Report of the King Institute of Preventive Medicine, Guindy
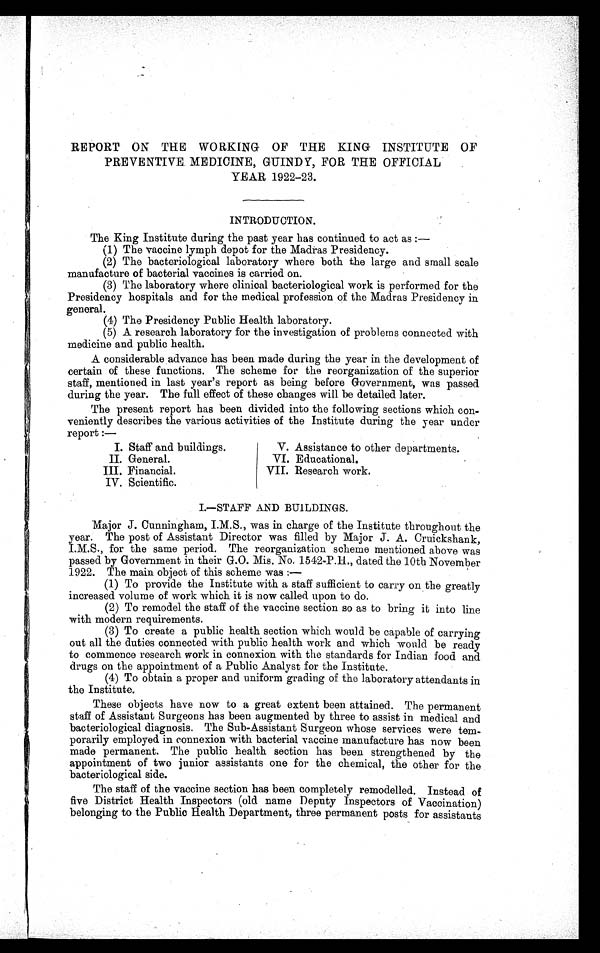
REPORT ON THE WORKING OF THE KING INSTITUTE OF
PREVENTIVE MEDICINE, GUINDY, FOR THE OFFICIAL
YEAR 1922—23.
INTRODUCTION.
The King Institute during the past year has continued to act as :
—
(1) The vaccine lymph depot for the Madras Presidency.
(2) The bacteriological laboratory where both the large and small scale
manufacture of bacterial vaccines is carried on.
(3) The laboratory where clinical bacteriological work is performed for the
Presidency hospitals and for the medical profession of the Madras Presidency in
general.
(4) The Presidency Public Health laboratory.
(5) A research laboratory for the investigation of problems connected with
medicine and public health.
A considerable advance has been made during the year in the development of
certain of these functions. The scheme for the reorganization of the superior
staff, mentioned in last year's report as being before Government, was passed
during the year. The full effect of these changes will be detailed later.
The present report has been divided into the following sections which con-
veniently describes the various activities of the Institute during the year under
report :—
I. Staff and buildings.
V. Assistance to other departments.
II. General.
VI. Educational.
III. Financial.
VII. Research work.
IV. Scientific.
I.—STAFF AND BUILDINGS.
Major J. Cunningham, I.M.S., was in charge of the Institute throughout the
year. The post of Assistant Director was filled by Major J. A. Cruickshank,
I.M.S., for the same period. The reorganization scheme mentioned above was
passed by Government in their G.O. Mis. No. 1542-P.H., dated the 10th November
1922. The main object of this scheme was :
—
(1) To provide the Institute with a staff sufficient to carry on the greatly
increased volume of work which it is now called upon to do.
(2) To remodel the staff of the vaccine section so as to bring it into line
with modern requirements.
(3) To create a public health section which would be capable of carrying
out all the duties connected with public health work and which would be ready
to commence research work in connexion with the standards for Indian food and
drugs on the appointment of a Public Analyst for the Institute.
(4) To obtain a proper and uniform grading of the laboratory attendants in
the Institute.
These objects have now to a great extent been attained. The permanent
staff of Assistant Surgeons has been augmented by three to assist in medical and
bacteriological diagnosis. The Sub-Assistant Surgeon whose services were tem-
porarily employed in connexion with bacterial vaccine manufacture has now been
made permanent. The public health section has been strengthened by the
appointment of two junior assistants one for the chemical, the other for the
bacteriological side.
The staff of the vaccine section has been completely remodelled. Instead of
five District Health Inspectors (old name Deputy Inspectors of Vaccination)
belonging to the Public Health Department, three permanent posts for assistants